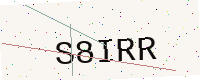
Text: S8IRR